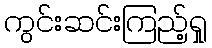
ကွင်းဆင်းကြည့်ရှု